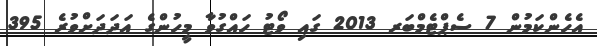
އެހެންކަމުން 7 ސެޕްޓެމްބަރ 2013 ގައި ވޯޓު ހައްގުވާ މީހުންގެ އަދަދަށްވުރެ 395